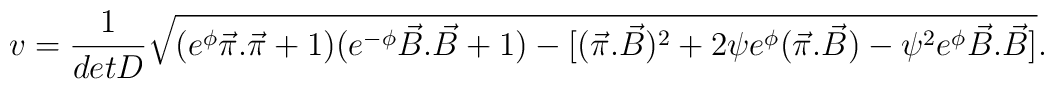
v = \frac{1}{detD}\sqrt{(e^{\phi}\vec{\pi}.\vec{\pi}+1)(e^{-\phi}\vec{B}.\vec{B}+ 1) - [(\vec{\pi}.\vec{B})^2 + 2\psi e^{\phi}(\vec{\pi}.\vec{B}) - \psi^2 e^{\phi}\vec{B}.\vec{B}]}.